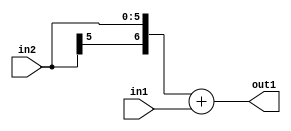
`timescale 1ps / 1ps
/*****************************************************************************
    Verilog RTL Description
    
    
    Created by: Stratus DpOpt 21.05.01 
*******************************************************************************/

module SobelFilter_Add_6Sx4U_7S_1 (
	in2,
	in1,
	out1
	); /* architecture "behavioural" */ 
input [5:0] in2;
input [3:0] in1;
output [6:0] out1;
wire [6:0] asc001;

assign asc001 = 
	+({in2[5], in2})
	+(in1);

assign out1 = asc001;
endmodule

/* CADENCE  ubL1Sgo= : u9/ySxbfrwZIxEzHVQQV8Q== ** DO NOT EDIT THIS LINE ******/